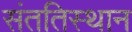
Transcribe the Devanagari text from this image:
संततिस्थान